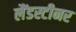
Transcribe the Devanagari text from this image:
लैंडस्टीनर